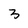
Character: 3